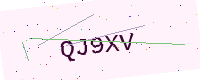
Text: QJ9XV